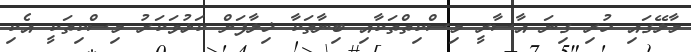
މާލޭގައި ހުރި ގިނަ އާސާރީ މިސްކިތްތަކާއި ބިނާތަކާ ޚިލާފަށް ކަޅުވަކަރު މިސްކިތަކީ އެކި